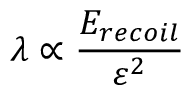
\lambda \propto \frac { E _ { r e c o i l } } { \varepsilon ^ { 2 } }